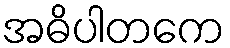
အဓိပါတကေ